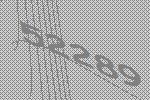
52289